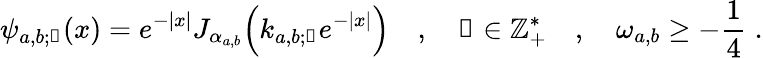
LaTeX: \psi_{a,b;\mathscr{n}}(x)=e^{-|x|}J_{\alpha_{a,b}}\! \left(k_{a,b;\mathscr{n}}e^{-|x|}\right)\quad,\quad\mathscr{n}\in\mathbb{Z}_{+}^{*}\quad,\quad\omega_{a,b}\geq-\frac{1}{4}\; .